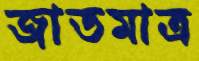
জাতমাত্র